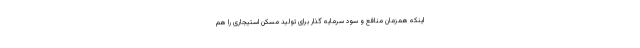
اینکه همزمان منافع و سود سرمایه گذار برای تولید مسکن استیجاری را هم